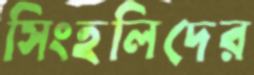
সিংহলিদের